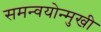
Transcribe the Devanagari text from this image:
समन्वयोन्मुखी